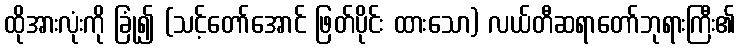
ထိုအားလုံးကို ခြုံ၍ (သင့်တော်အောင် ဖြတ်ပိုင်း ထားသော) လယ်တီဆရာတော်ဘုရားကြီး၏